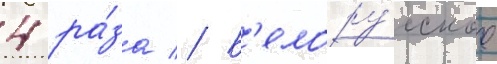
4 ра́за // Б'елору́сское